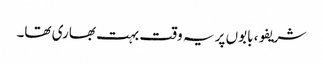
شریفو، بابوں پر یہ وقت بہت بھاری تھا۔